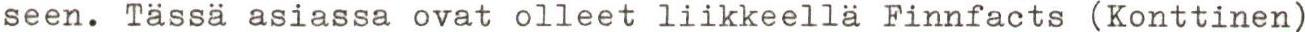
seen. Tässä asiassa ovat olleet liikkeellä Finnfacts (Konttinen)